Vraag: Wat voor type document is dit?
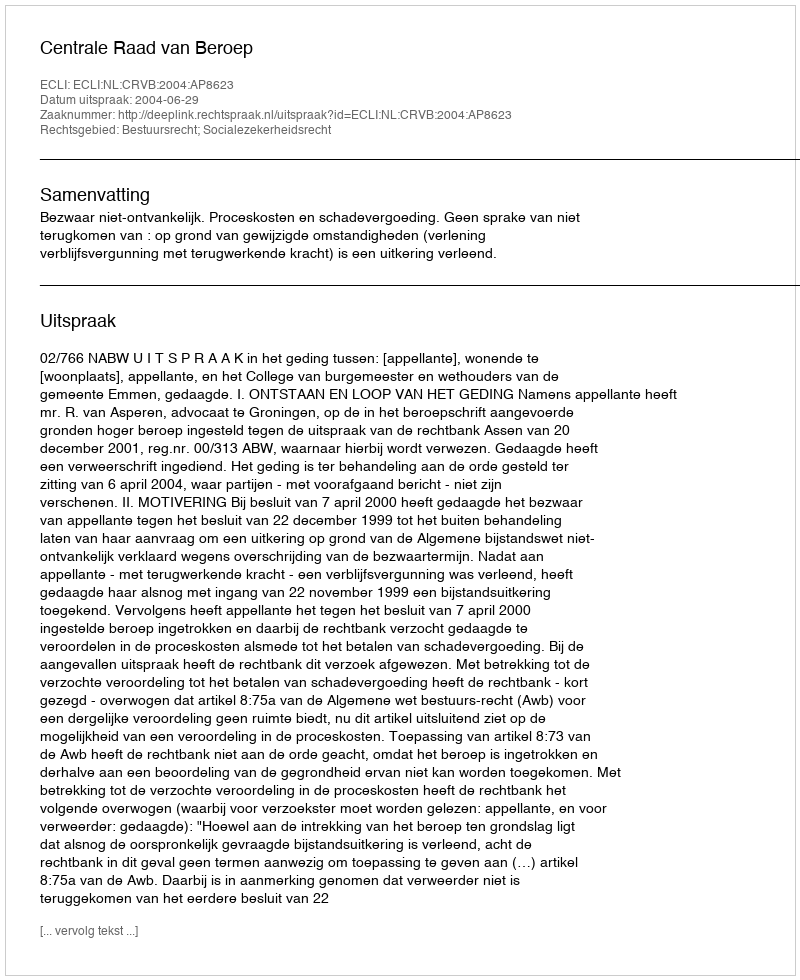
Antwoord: Uitspraak